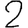
Digit: 2